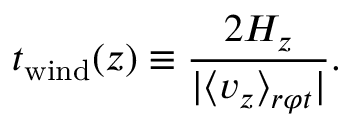
t _ { \mathrm { w i n d } } ( z ) \equiv \frac { 2 H _ { z } } { | \langle v _ { z } \rangle _ { r \varphi t } | } .